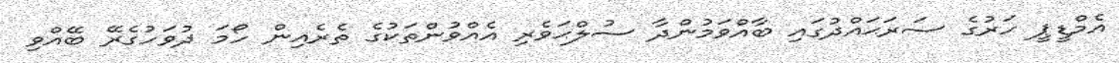
އެމްޑީޕީ ހަރުގެ ސަރަޙައްދުގައި ބާއްވަމުންދާ ސުލްޙަވެރި އެއްވުންތަކުގެ ތެރެއިން ހޯމަ ދުވަހުގެރޭ ބޭއްވި